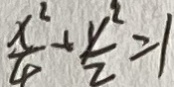
\frac { x ^ { 2 } } { 4 } + \frac { y ^ { 2 } } { 2 } = 1